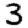
Digit: 3